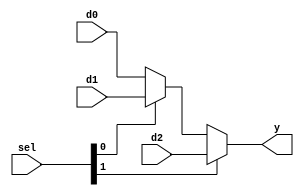

// mux3.v - logic for 3-to-1 multiplexer

module mux3 #(parameter WIDTH = 8) (
    input       [WIDTH-1:0] d0, d1, d2,
    input       [1:0] sel,
    output      [WIDTH-1:0] y
);

assign y = sel[1] ? d2: (sel[0] ? d1 : d0);

endmodule